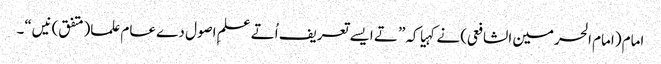
امام (امام الحرمین الشافعی) نے کہیا کہ” تے ایس‏ے تعریف اُتے علمِ اصول دے عام علما(متفق)نیں“۔